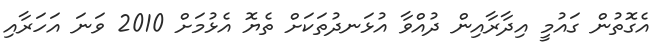
އެގޮތުން ގައުމީ އިދާރާއިން ދުއްވާ އުޅަނދުތަކަށް ތެޔޮ އެޅުމަށް 2010 ވަނަ އަހަރާއި